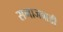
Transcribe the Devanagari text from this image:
समाजवाडी